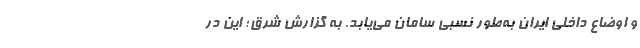
و اوضاع داخلی ایران به‌طور نسبی سامان می‌یابد. به گزارش شرق؛ این در